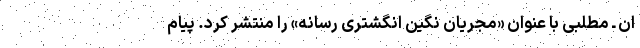
ان ـ مطلبی با عنوان «مجریان نگین انگشتری رسانه» را منتشر کرد. پیام